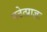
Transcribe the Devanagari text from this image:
पठेत्प्राज्ञः